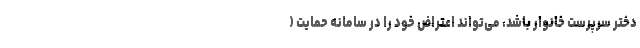
دختر سرپرست خانوار باشد، می‌تواند اعتراض خود را در سامانه حمایت (